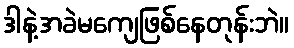
ဒါနဲ့အခဲမကျေဖြစ်နေတုန်းဘဲ။